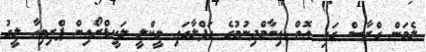
ލެމަން ގްރާސް ގައި އޮތް އިނާމްދިނުމުގެ ހަފްލާގައި ވީކްލީ ލަކީޑްރޯއިން ޕްރިމިއާ ލީގު